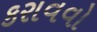
કરાવવો